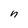
Character: n